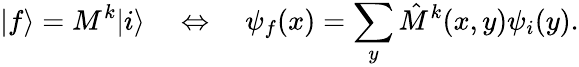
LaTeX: |f\rangle=M^{k}|i\rangle\quad\Leftrightarrow\quad\psi_{f}(x)=\sum_{y}\hat{M}^{k}(x,y)\psi_{i}(y).